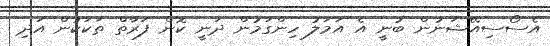
އެސޯސިއޭޝަނުން ބުނީ އެ އަމަލު ހިންގަމުން ދަނީ ކޮން ފަރާތް ތަކަކުން އަދި